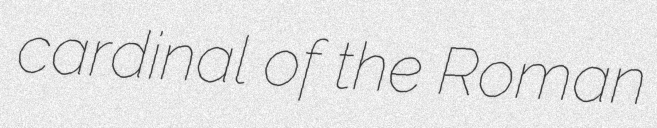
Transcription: cardinal of the Roman